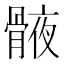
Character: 𮪯